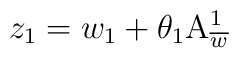
z_{1}=w_{1}+\theta _{1}\mathrm{A}_{\overline{w}}^{1}